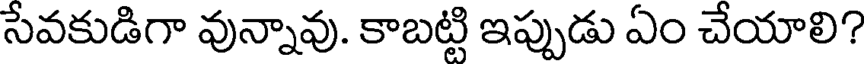
సేవకుడిగా వున్నావు. కాబట్టి ఇప్పుడు ఏం చేయాలి?